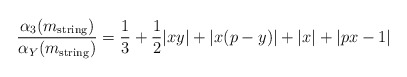
\begin{align*}\frac{\alpha_3(m_{\rm string})}{\alpha_Y(m_{\rm string})}=\frac{1}{3}+\frac{1}{2}|xy|+|x(p-y)|+ |x| + |px-1|\end{align*}